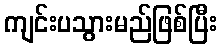
ကျင်းပသွားမည်ဖြစ်ပြီး